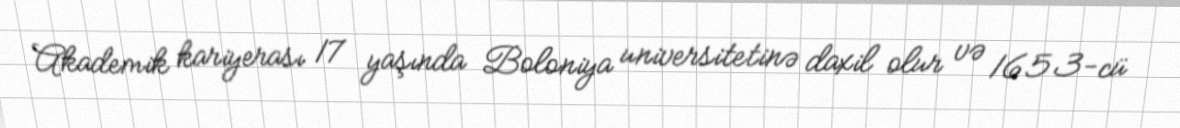
Akademik kariyerası 17 yaşında Boloniya universitetinə daxil olur və 1653-cü